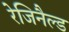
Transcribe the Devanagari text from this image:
रेजिनैल्ड